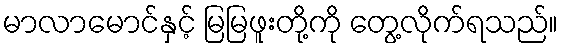
မာလာမောင်နှင့် မြမြဖူးတို့ကို တွေ့လိုက်ရသည်။